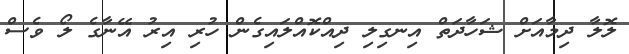
ލޮލާ ދިމާއަށް ޝަހާދަތް އިނގިލި ދިއްކޮއްލައިގެން ހުރި އިރު އޭނާގެ ލޯ ވެސް